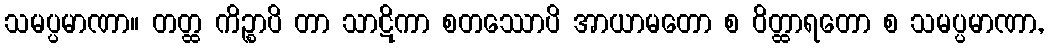
သမပ္ပမာဏာ။ တတ္ထ ကိဉ္စာပိ တာ သာဋိကာ စတဿောပိ အာယာမတော စ ဝိတ္ထာရတော စ သမပ္ပမာဏာ,